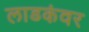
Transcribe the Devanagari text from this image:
लाडकंवर